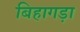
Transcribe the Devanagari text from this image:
बिहागड़ा